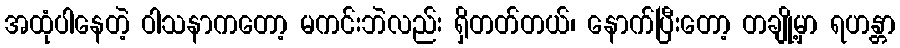
အထုံပါနေတဲ့ ဝါသနာကတော့ မကင်းဘဲလည်း ရှိတတ်တယ်၊ နောက်ပြီးတော့ တချို့မှာ ရဟန္တာ